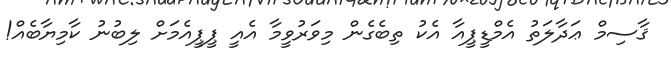
ޤާސިމް ޢަދާލަތު އެމްޑީޕީއާ އެކު ތިބެގެން މިވަރުވީމާ އެއީ ޕީޕީއެމަށް ލިބުނު ކާމިޔާބެއް!